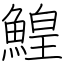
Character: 鰉